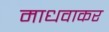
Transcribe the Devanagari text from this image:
माधवाकर